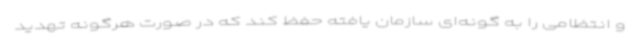
و انتظامی را به گونه‌ای سازمان یافته حفظ کند که در صورت هرگونه تهدید